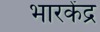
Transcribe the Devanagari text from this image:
भारकेंद्र